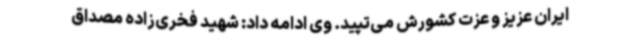
ایران عزیز و عزت کشورش می‌تپید. وی ادامه داد: شهید فخری‌زاده مصداق